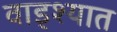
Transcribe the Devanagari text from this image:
वाड्श्यात